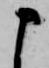
申